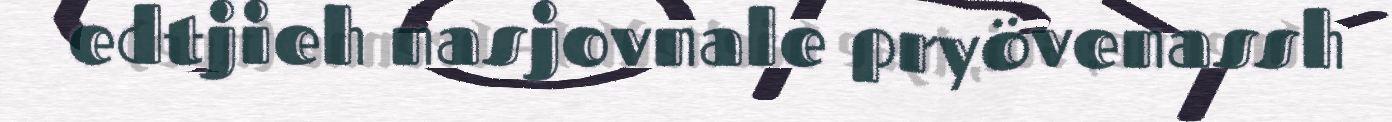
edtjieh nasjovnale pryövenassh